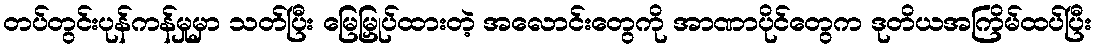
တပ်တွင်းပုန်ကန်မှုမှာ သတ်ပြီး မြေမြှုပ်ထားတဲ့ အလောင်းတွေကို အာဏာပိုင်တွေက ဒုတိယအကြိမ်ထပ်ပြီး